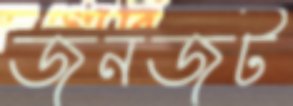
জনজট